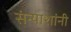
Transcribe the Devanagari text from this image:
संन्याशांनी